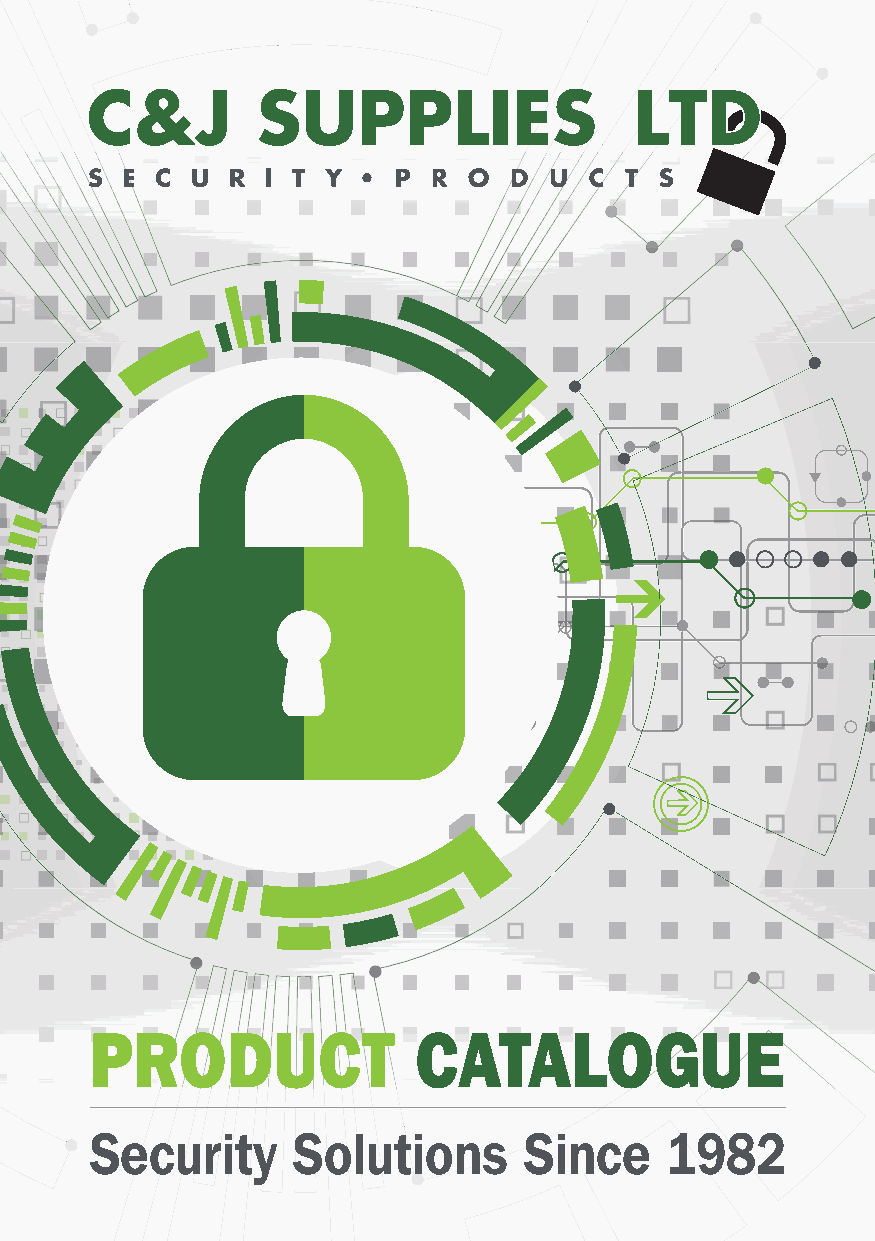
PRODUCT              CATALOGUE
 Security     Solutions       Since    1982